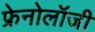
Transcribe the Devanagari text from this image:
फ्रेनोलॉजी